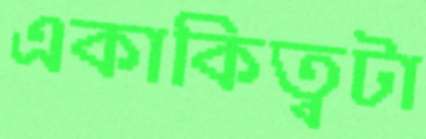
একাকিত্বটা